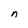
Character: n